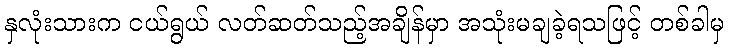
နှလုံးသားက ငယ်ရွယ် လတ်ဆတ်သည့်အချိန်မှာ အသုံးမချခဲ့ရသဖြင့် တစ်ခါမှ